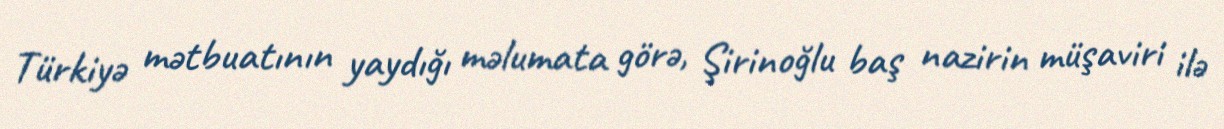
Türkiyə mətbuatının yaydığı məlumata görə, Şirinoğlu baş nazirin müşaviri ilə